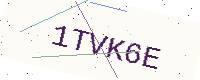
Text: 1TVK6E